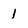
Character: 1